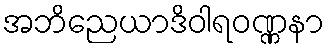
အဘိညေယာဒိဝါရဝဏ္ဏနာ